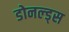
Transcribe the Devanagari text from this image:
डोनल्ड्स